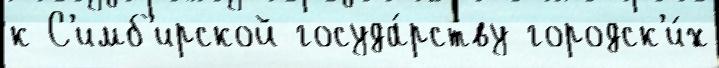
к С'имб'ирской госуда́рству городск'и́х